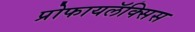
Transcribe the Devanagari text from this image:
प्रोफायलॅक्सिस